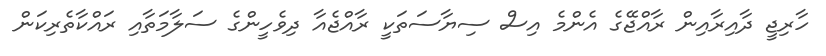
ހާރިޖީ ދާއިރާއިން ރާއްޖޭގެ އެންމެ އިސް ސިޔާސަތަކީ ރާއްޖެއާ ދިވެހީންގެ ސަލާމަތާއި ރައްކާތެރިކަން